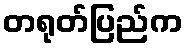
တရုတ်ပြည်က